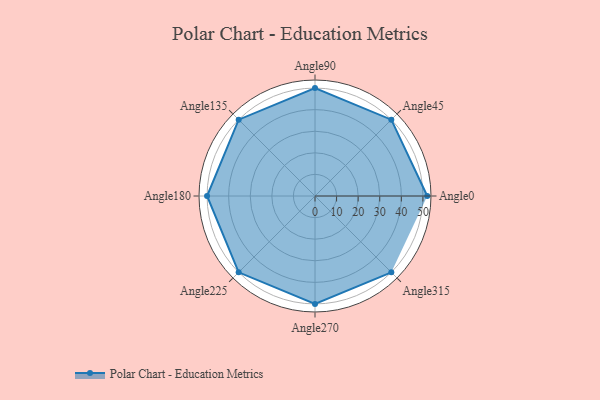
{"axis": {"x": "Angle", "y": "Radius"}, "legend": [""], "data": [{"x": "Angle0", "y": 52.0, "type": ""}, {"x": "Angle45", "y": 50, "type": ""}, {"x": "Angle90", "y": 50, "type": ""}, {"x": "Angle135", "y": 50, "type": ""}, {"x": "Angle180", "y": 50, "type": ""}, {"x": "Angle225", "y": 50, "type": ""}, {"x": "Angle270", "y": 50, "type": ""}, {"x": "Angle315", "y": 50, "type": ""}]}